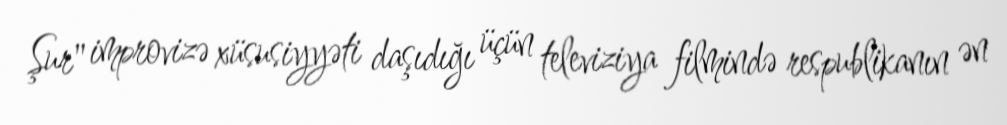
Şur" improvizə xüsusiyyəti daşıdığı üçün televiziya filmində respublikanın ən